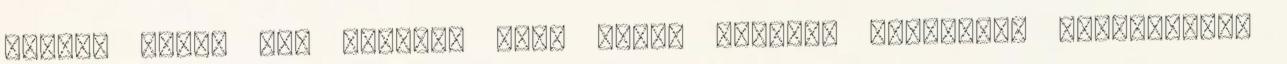
ravasz Billy fiú zavarba akar hozni Fejből, félkézzel bepötyögtem